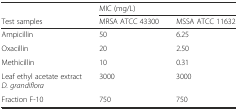
<table><thead><tr><td></td><td colspan="2"><b>MIC (mg/L)</b></td></tr><tr><td><b>Test samples</b></td><td><b>MRSA ATCC 43300</b></td><td><b>MSSA ATCC 11632</b></td></tr></thead><tbody><tr><td>Ampicillin</td><td>50</td><td>6.25</td></tr><tr><td>Oxacillin</td><td>20</td><td>2.50</td></tr><tr><td>Methicillin</td><td>10</td><td>0.31</td></tr><tr><td>Leaf ethyl acetate extract <i>D. grandiflora</i></td><td>3000</td><td>3000</td></tr><tr><td>Fraction F-10</td><td>750</td><td>750</td></tr></tbody></table>